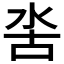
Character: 𣳖